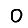
Digit: 0